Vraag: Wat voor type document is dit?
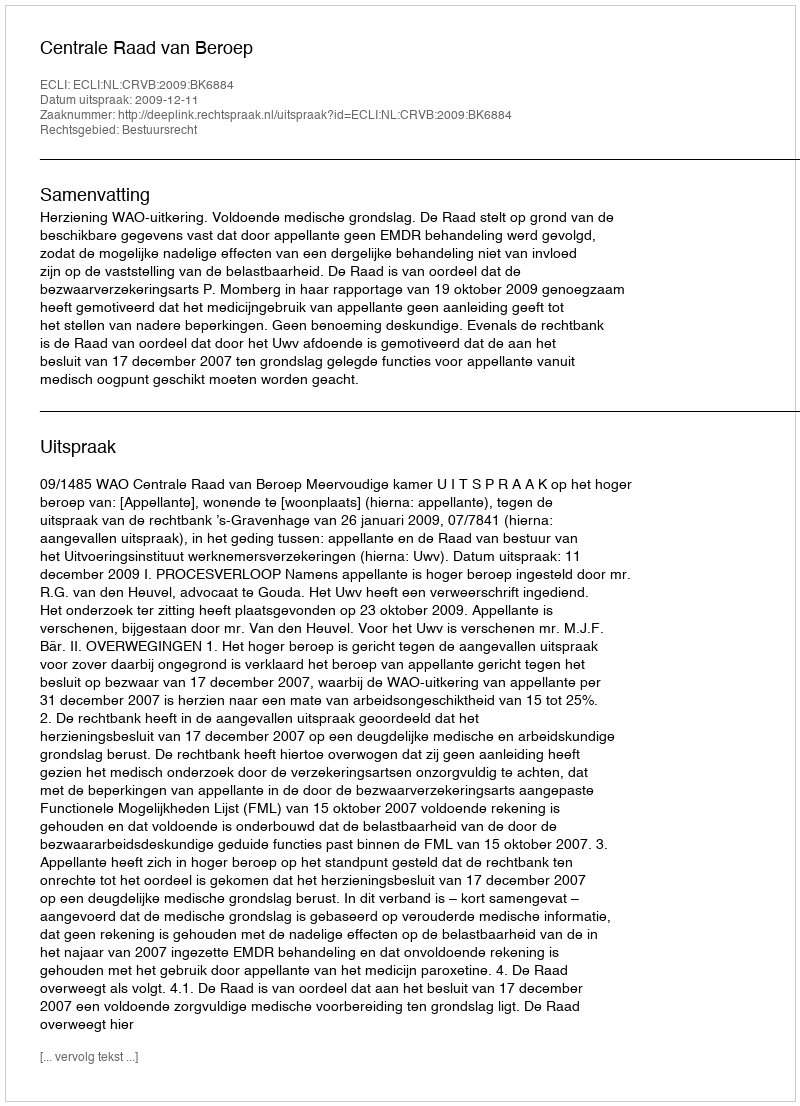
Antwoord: Uitspraak